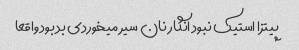
پیتزا استیک نبود انگار نان سیر میخوردی بد بود واقعا